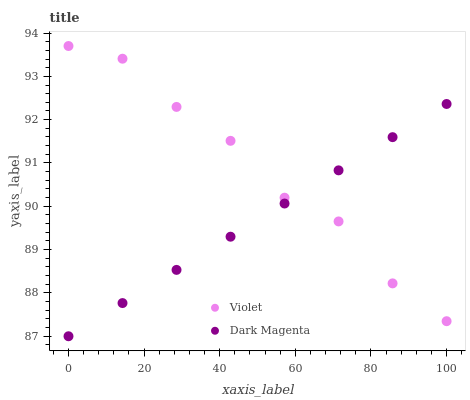
| xaxis_label | Violet | Dark Magenta |
 | --- | --- | --- |
 | 0 | 93.7 | 87 |
 | 14.3 | 93.4 | 87.8 |
 | 28.6 | 92.3 | 88.5 |
 | 42.9 | 91.5 | 89.3 |
 | 57.1 | 90.2 | 90.1 |
 | 71.4 | 89.7 | 90.8 |
 | 85.7 | 88.2 | 91.6 |
 | 100 | 87.3 | 92.4 |